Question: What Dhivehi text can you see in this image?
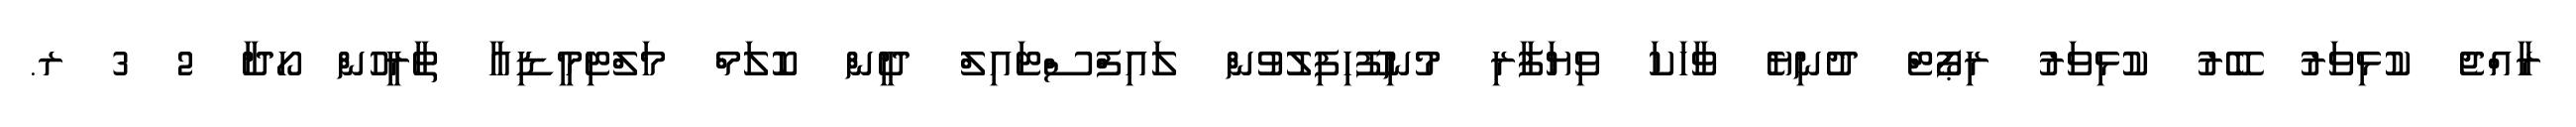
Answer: ރާއްޖެ ކުޅިވަރު ބޭރު ކުޅިވަރު ރިޕޯޓް ދުނިޔެ ވާހަކަ ވިޔަފާރި މުނިފޫހިފިލުވުން ލައިފްސްޓައިލް ދީން ކޮލަމް މަލްޓިމީޑިއާ ތާރީހުން ހޯދާ 2 3 ރ.